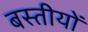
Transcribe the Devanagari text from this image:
बस्तीयों